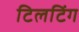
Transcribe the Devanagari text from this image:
टिलटिंग